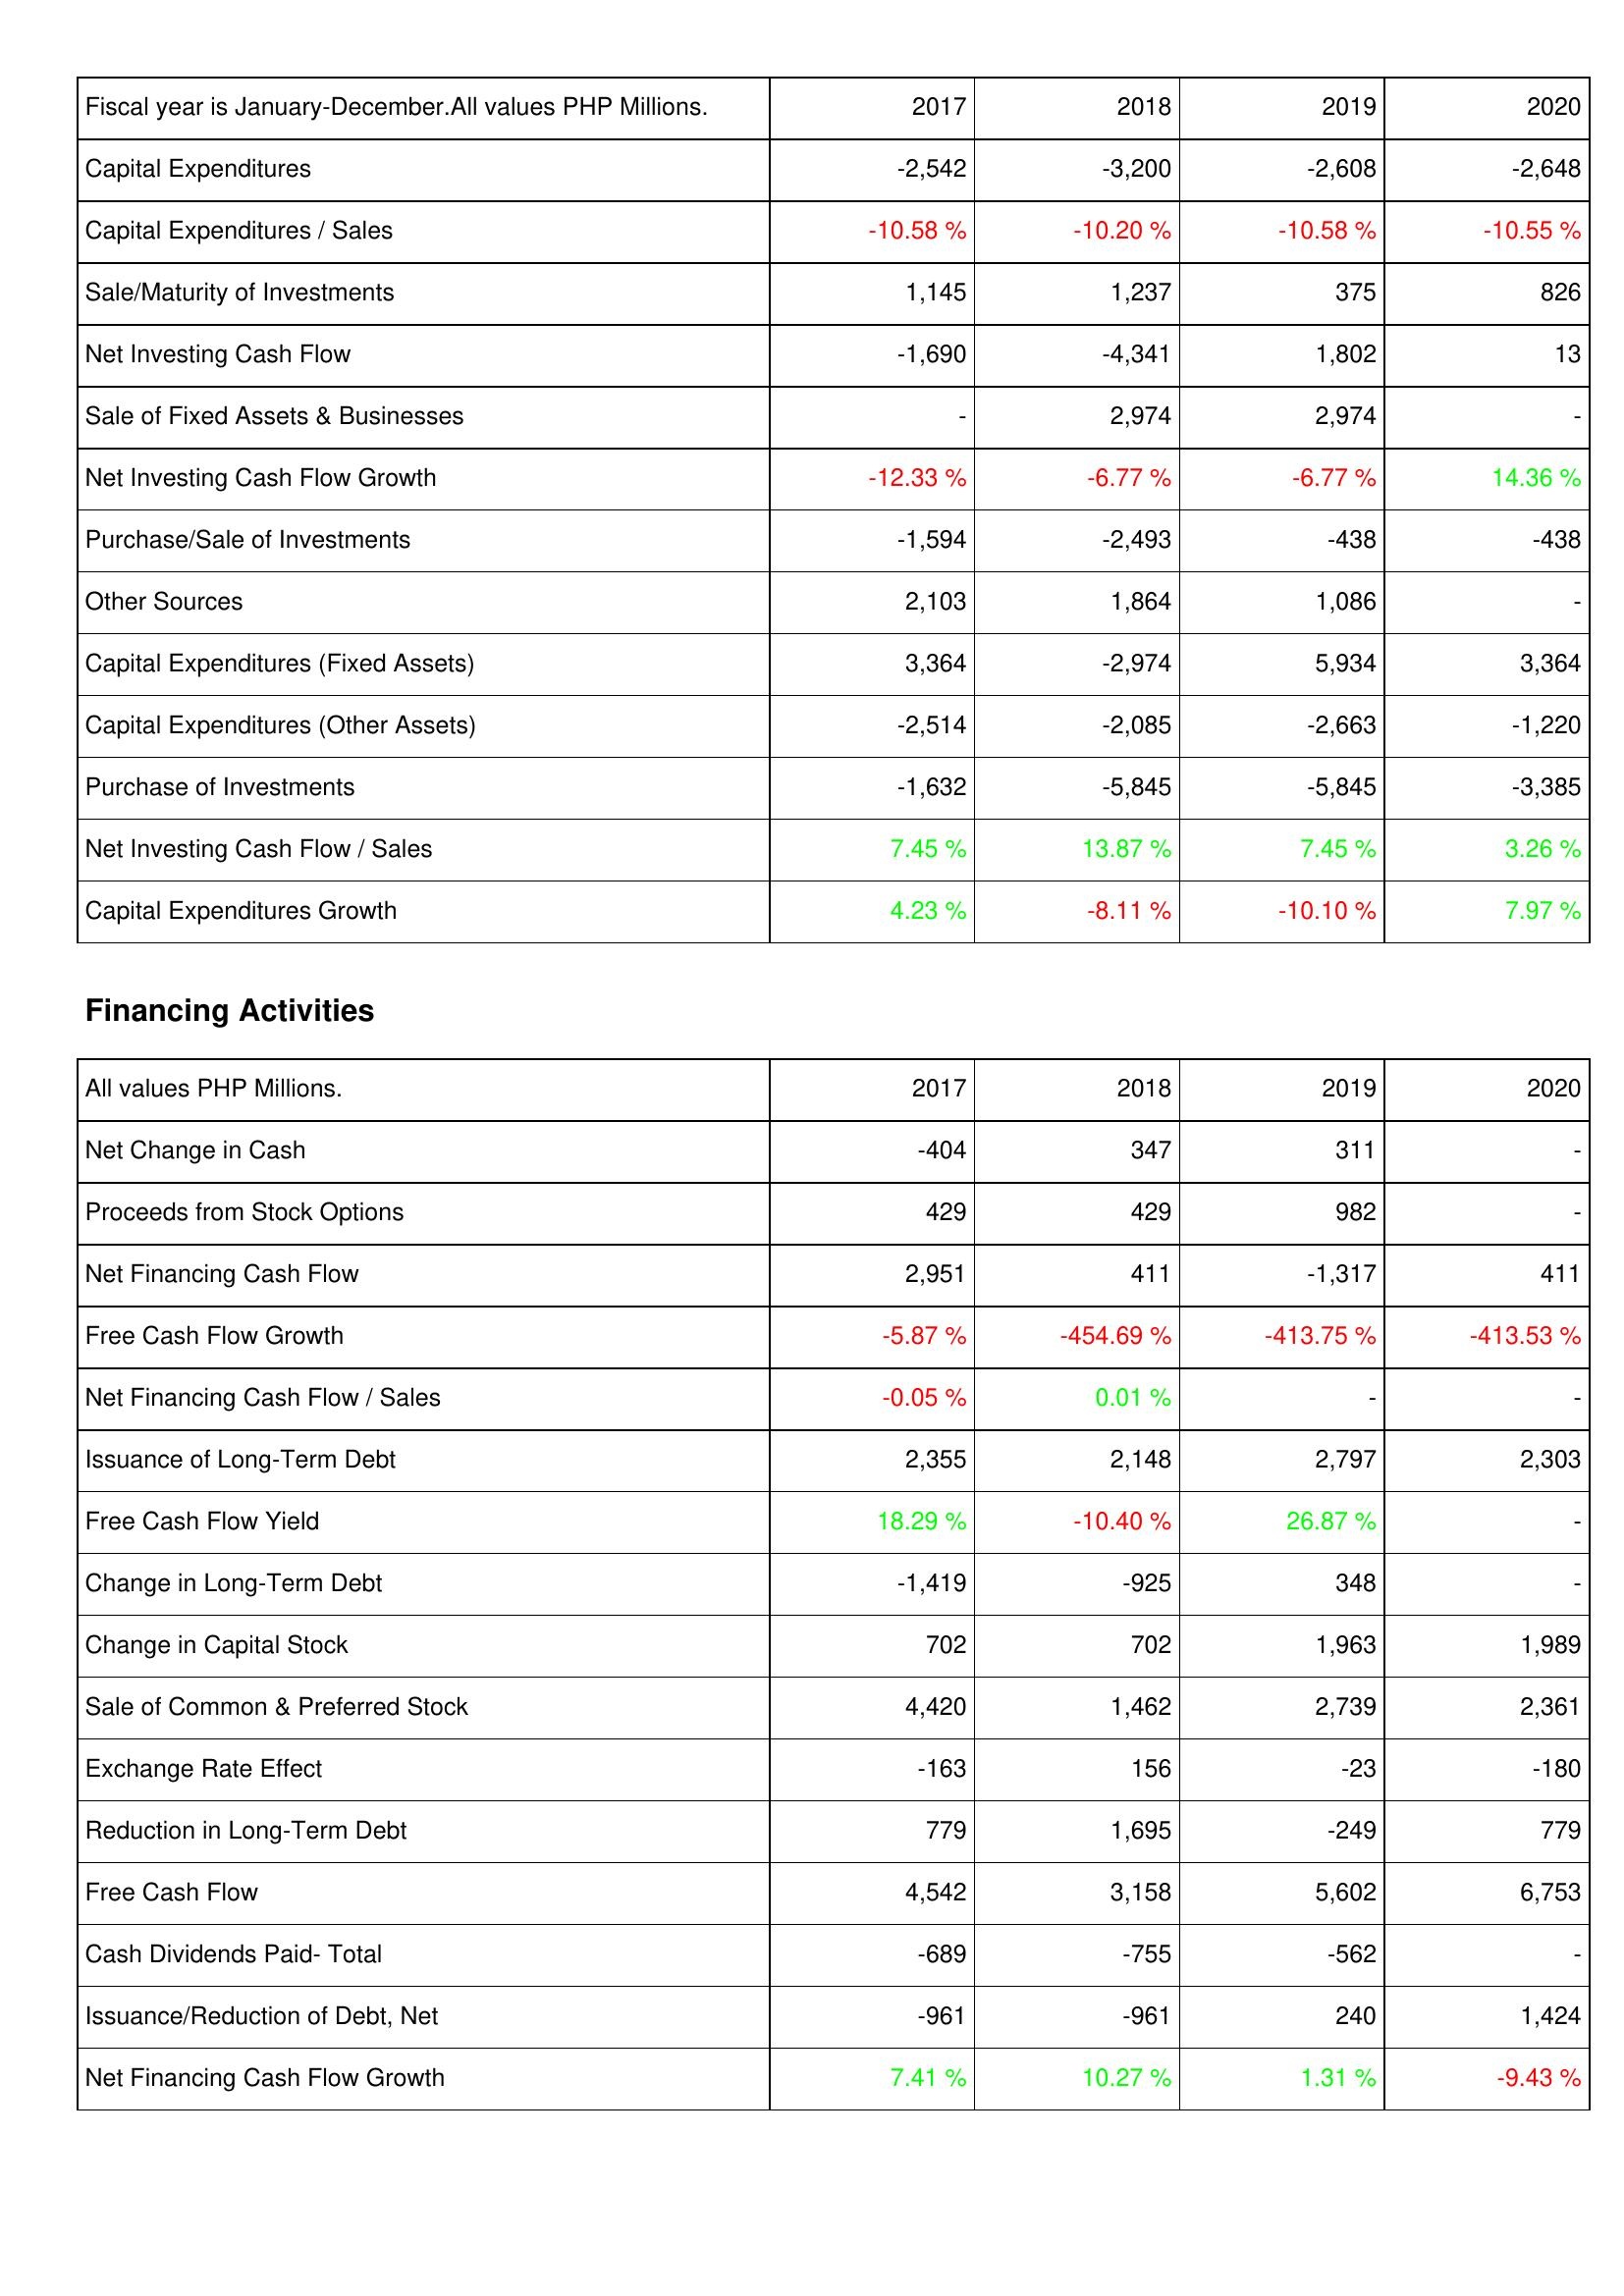
2017: Investing Activities: Capital Expenditures: -2,542
Capital Expenditures / Sales: -10.58 %
Sale/Maturity of Investments: 1,145
Net Investing Cash Flow: -1,690
Sale of Fixed Assets & Businesses: -
Net Investing Cash Flow Growth: -12.33 %
Purchase/Sale of Investments: -1,594
Other Sources: 2,103
Capital Expenditures (Fixed Assets): 3,364
Capital Expenditures (Other Assets): -2,514
Purchase of Investments: -1,632
Net Investing Cash Flow / Sales: 7.45 %
Capital Expenditures Growth: 4.23 %
Financing Activities: Net Change in Cash: -404
Proceeds from Stock Options: 429
Net Financing Cash Flow: 2,951
Free Cash Flow Growth: -5.87 %
Net Financing Cash Flow / Sales: -0.05 %
Issuance of Long-Term Debt: 2,355
Free Cash Flow Yield: 18.29 %
Change in Long-Term Debt: -1,419
Change in Capital Stock: 702
Sale of Common & Preferred Stock: 4,420
Exchange Rate Effect: -163
Reduction in Long-Term Debt: 779
Free Cash Flow: 4,542
Cash Dividends Paid- Total: -689
Issuance/Reduction of Debt, Net: -961
Net Financing Cash Flow Growth: 7.41 %
2018: Investing Activities: Capital Expenditures: -3,200
Capital Expenditures / Sales: -10.20 %
Sale/Maturity of Investments: 1,237
Net Investing Cash Flow: -4,341
Sale of Fixed Assets & Businesses: 2,974
Net Investing Cash Flow Growth: -6.77 %
Purchase/Sale of Investments: -2,493
Other Sources: 1,864
Capital Expenditures (Fixed Assets): -2,974
Capital Expenditures (Other Assets): -2,085
Purchase of Investments: -5,845
Net Investing Cash Flow / Sales: 13.87 %
Capital Expenditures Growth: -8.11 %
Financing Activities: Net Change in Cash: 347
Proceeds from Stock Options: 429
Net Financing Cash Flow: 411
Free Cash Flow Growth: -454.69 %
Net Financing Cash Flow / Sales: 0.01 %
Issuance of Long-Term Debt: 2,148
Free Cash Flow Yield: -10.40 %
Change in Long-Term Debt: -925
Change in Capital Stock: 702
Sale of Common & Preferred Stock: 1,462
Exchange Rate Effect: 156
Reduction in Long-Term Debt: 1,695
Free Cash Flow: 3,158
Cash Dividends Paid- Total: -755
Issuance/Reduction of Debt, Net: -961
Net Financing Cash Flow Growth: 10.27 %
2019: Investing Activities: Capital Expenditures: -2,608
Capital Expenditures / Sales: -10.58 %
Sale/Maturity of Investments: 375
Net Investing Cash Flow: 1,802
Sale of Fixed Assets & Businesses: 2,974
Net Investing Cash Flow Growth: -6.77 %
Purchase/Sale of Investments: -438
Other Sources: 1,086
Capital Expenditures (Fixed Assets): 5,934
Capital Expenditures (Other Assets): -2,663
Purchase of Investments: -5,845
Net Investing Cash Flow / Sales: 7.45 %
Capital Expenditures Growth: -10.10 %
Financing Activities: Net Change in Cash: 311
Proceeds from Stock Options: 982
Net Financing Cash Flow: -1,317
Free Cash Flow Growth: -413.75 %
Net Financing Cash Flow / Sales: -
Issuance of Long-Term Debt: 2,797
Free Cash Flow Yield: 26.87 %
Change in Long-Term Debt: 348
Change in Capital Stock: 1,963
Sale of Common & Preferred Stock: 2,739
Exchange Rate Effect: -23
Reduction in Long-Term Debt: -249
Free Cash Flow: 5,602
Cash Dividends Paid- Total: -562
Issuance/Reduction of Debt, Net: 240
Net Financing Cash Flow Growth: 1.31 %
2020: Investing Activities: Capital Expenditures: -2,648
Capital Expenditures / Sales: -10.55 %
Sale/Maturity of Investments: 826
Net Investing Cash Flow: 13
Sale of Fixed Assets & Businesses: -
Net Investing Cash Flow Growth: 14.36 %
Purchase/Sale of Investments: -438
Other Sources: -
Capital Expenditures (Fixed Assets): 3,364
Capital Expenditures (Other Assets): -1,220
Purchase of Investments: -3,385
Net Investing Cash Flow / Sales: 3.26 %
Capital Expenditures Growth: 7.97 %
Financing Activities: Net Change in Cash: -
Proceeds from Stock Options: -
Net Financing Cash Flow: 411
Free Cash Flow Growth: -413.53 %
Net Financing Cash Flow / Sales: -
Issuance of Long-Term Debt: 2,303
Free Cash Flow Yield: -
Change in Long-Term Debt: -
Change in Capital Stock: 1,989
Sale of Common & Preferred Stock: 2,361
Exchange Rate Effect: -180
Reduction in Long-Term Debt: 779
Free Cash Flow: 6,753
Cash Dividends Paid- Total: -
Issuance/Reduction of Debt, Net: 1,424
Net Financing Cash Flow Growth: -9.43 %